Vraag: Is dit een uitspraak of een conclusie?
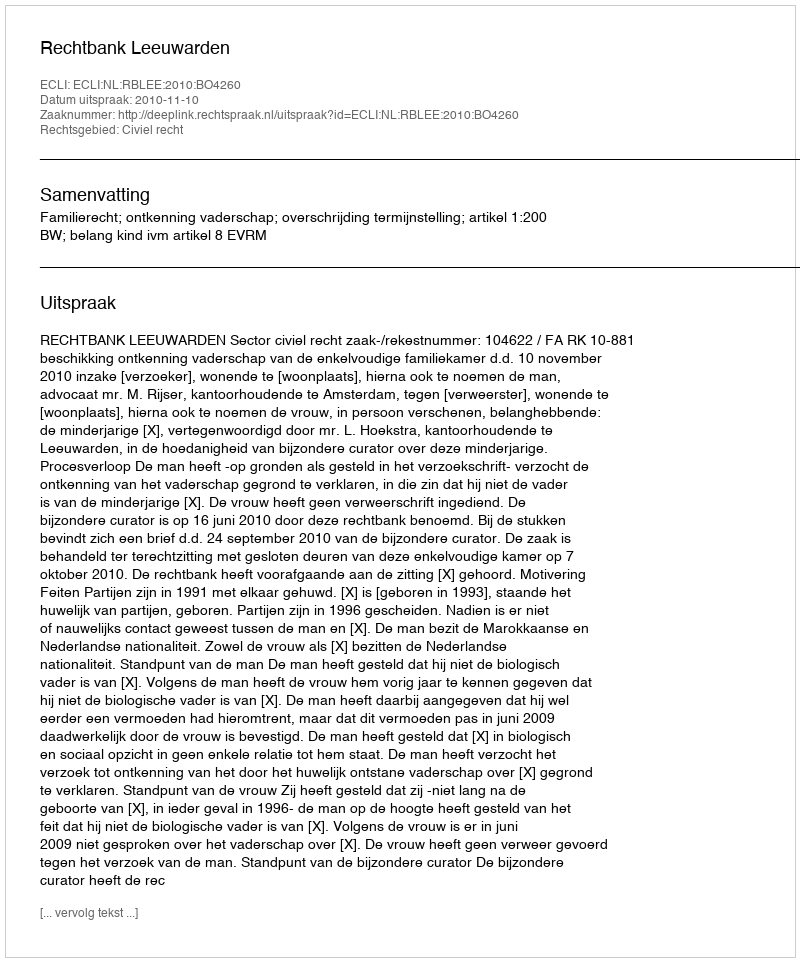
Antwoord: Uitspraak